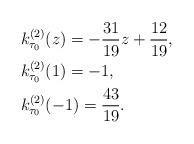
LaTeX: \begin{align*}&k_{\tau_{0}}^{(2)}(z)=-\frac{31}{19}z+\frac{12}{19},\\&k_{\tau_{0}}^{(2)}(1)=-1,\\&k_{\tau_{0}}^{(2)}(-1)=\frac{43}{19}.\end{align*}